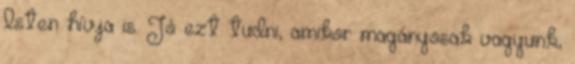
Isten hívja is. Jó ezt tudni, amikor magányosak vagyunk,